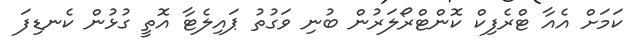
ކަމަށް އެއާ ޓްރެފިކް ކޮންޓްރޯލަރުން ބުނި ވަގުތު ޕައިލެޓާ އޮތީ ގުޅުން ކެނޑިފަ